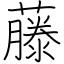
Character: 藤